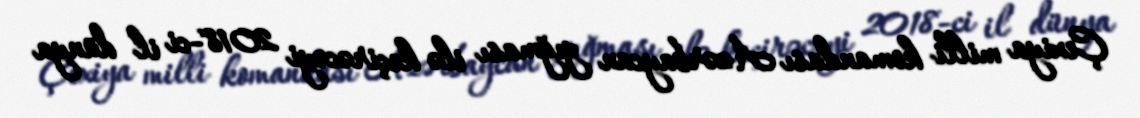
Çexiya milli komandası Azərbaycan yığması ilə keçirəcəyi 2018-ci il dünya